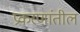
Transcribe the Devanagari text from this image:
प्रकरणांतील